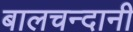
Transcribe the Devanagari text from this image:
बालचन्दानी